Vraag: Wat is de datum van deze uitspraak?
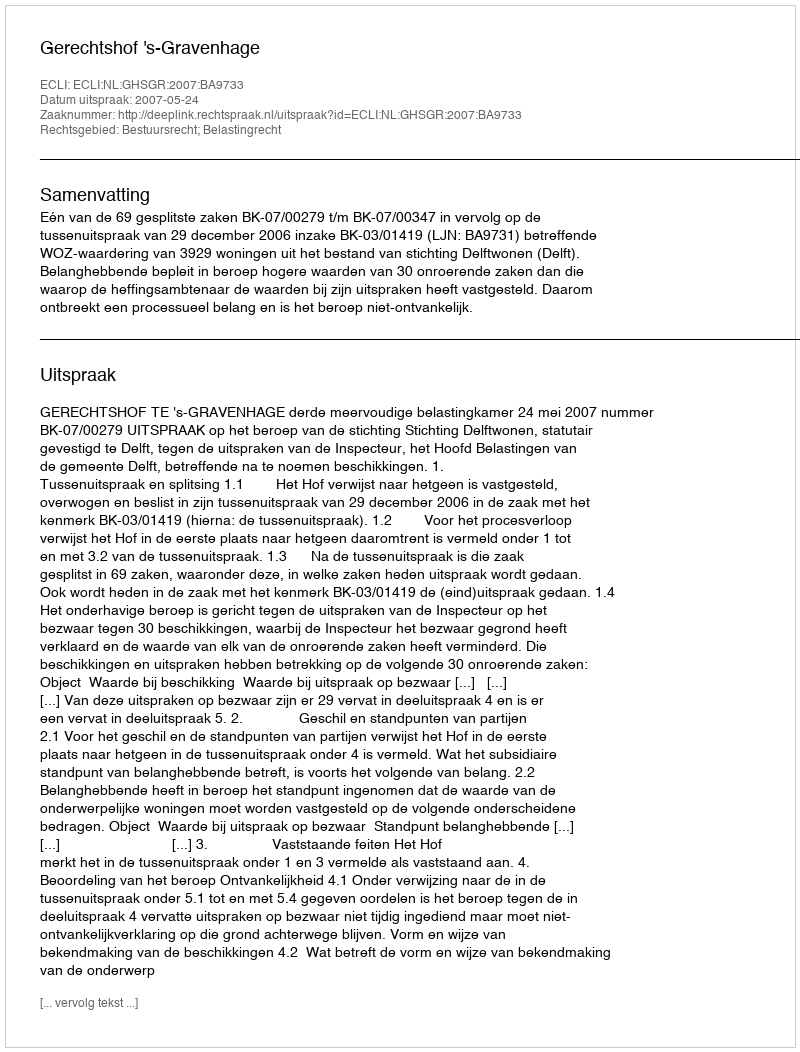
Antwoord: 2007-05-24